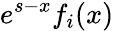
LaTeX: e^{s-x}f_{i}(x)